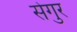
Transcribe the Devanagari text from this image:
सेगुर